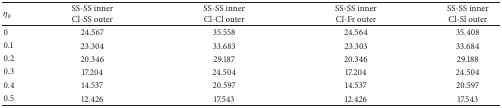
| η0 | SS-SS innerCl-SS outer | SS-SS innerCl-Cl outer | SS-SS innerCl-Fr outer | SS-SS innerCl-Sl outer |
 | --- | --- | --- | --- | --- |
 | 0 | 24.567 | 35.558 | 24.564 | 35.408 |
 | 0.1 | 23.304 | 33.683 | 23.303 | 33.684 |
 | 0.2 | 20.346 | 29.187 | 20.346 | 29.188 |
 | 0.3 | 17.204 | 24.504 | 17.204 | 24.504 |
 | 0.4 | 14.537 | 20.597 | 14.537 | 20.597 |
 | 0.5 | 12.426 | 17.543 | 12.426 | 17.543 |